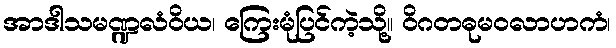
အာဒါသမဏ္ဍလံဝိယ၊ ကြေးမုံပြင်ကဲ့သို့။ ဝိဂတဓုမဝလာဟကံ၊